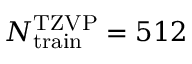
N _ { \mathrm { t r a i n } } ^ { \mathrm { T Z V P } } = 5 1 2